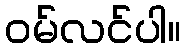
ဝမ်လင်ပါ။